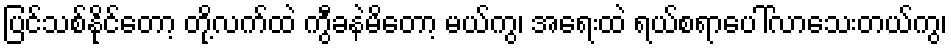
ပြင်သစ်နိုင်တော့ တို့လက်ထဲ ကွီခနဲမိတော့ မယ်ကွ၊ အရေးထဲ ရယ်စရာပေါ်လာသေးတယ်ကွ၊